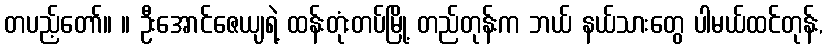
တပည့်တော်။ ။ ဦးအောင်ဇေယျရဲ့ ထန်းတုံးတပ်မြို့ တည်တုန်းက ဘယ် နယ်သားတွေ ပါမယ်ထင်တုန်း,